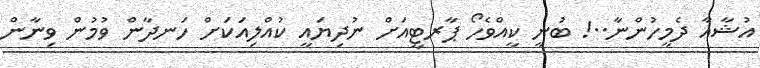
އުޝާއާ ދެމީހުންނާ..! ބުނީ ކީއްވެހޯ ޕާރޓީއަށް ނުދިޔައީ ކުއްލިއަކަށް ހަނދާން ވުމުން ވިނާން